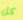
كل